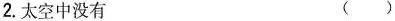
2.太空中没有 ( )